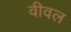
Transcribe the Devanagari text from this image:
वीवल